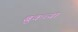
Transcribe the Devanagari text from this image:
ब्रुकच्या